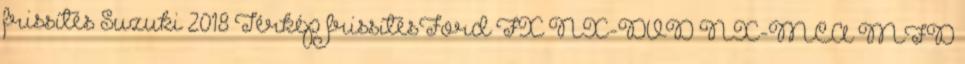
frissítés Suzuki 2018 Térkép frissítésFord FX NX-DVD NX-MCA MFD